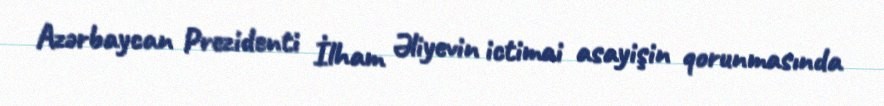
Azərbaycan Prezidenti İlham Əliyevin ictimai asayişin qorunmasında